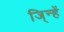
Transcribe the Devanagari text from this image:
जि्न्हें